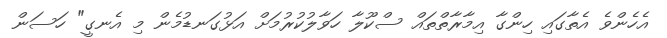
އެހެންވެ އެތާގައި ހިންގާ އިމާރާތްތައް ސްކޫލާ ހަވާލުކުރުމަށް އަޅުގަނޑުމެން މި އެނގީ" ހަސަން